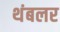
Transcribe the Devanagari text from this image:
थंबलर